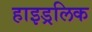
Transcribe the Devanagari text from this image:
हाइड्रलिक